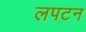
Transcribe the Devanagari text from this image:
लपटन